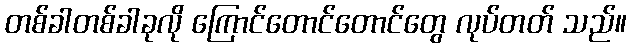
တစ်ခါတစ်ခါခုလို ကြောင်တောင်တောင်တွေ လုပ်တတ် သည်။